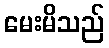
မေးမိသည်